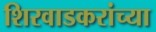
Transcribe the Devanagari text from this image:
शिरवाडकरांच्या